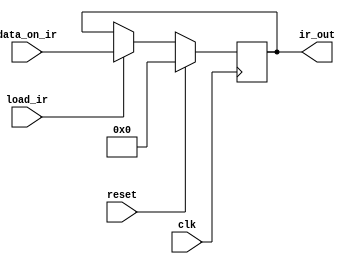
`timescale 1ns / 1ps
//////////////////////////////////////////////////////////////////////////////////
// Company: 
// Engineer: 
// 
// Design Name: 
// Module Name:    local_ir_reg 
// Project Name: 
// Target Devices: 
// Tool versions: 
// Description: 
//
// Dependencies: 
//
// Revision: 
// Revision 0.01 - File Created
// Additional Comments: 
//
//////////////////////////////////////////////////////////////////////////////////
module local_ir_reg(clk,reset,load_ir,ir_out,data_on_ir);
input clk;
input reset;
input load_ir;
input [7:0] data_on_ir;
output [7:0] ir_out;
reg [7:0] ir_out;

always @(posedge clk)
begin
	if(reset)
		ir_out <= 8'd0;
	else
	begin
		if(load_ir)
			ir_out <= data_on_ir;
	end
end		

endmodule